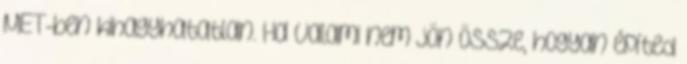
MET-ben kihagyhatatlan. Ha valami nem jön össze, hogyan építed